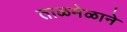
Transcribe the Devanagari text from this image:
ताळमेळाने